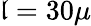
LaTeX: \mathfrak{l}=30\mu